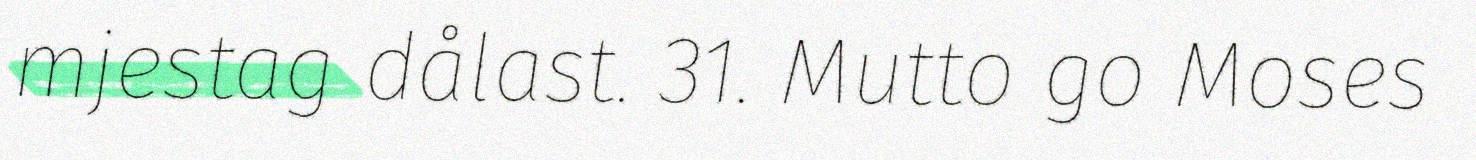
mjestag dålast. 31. Mutto go Moses